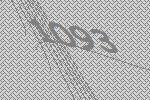
1093